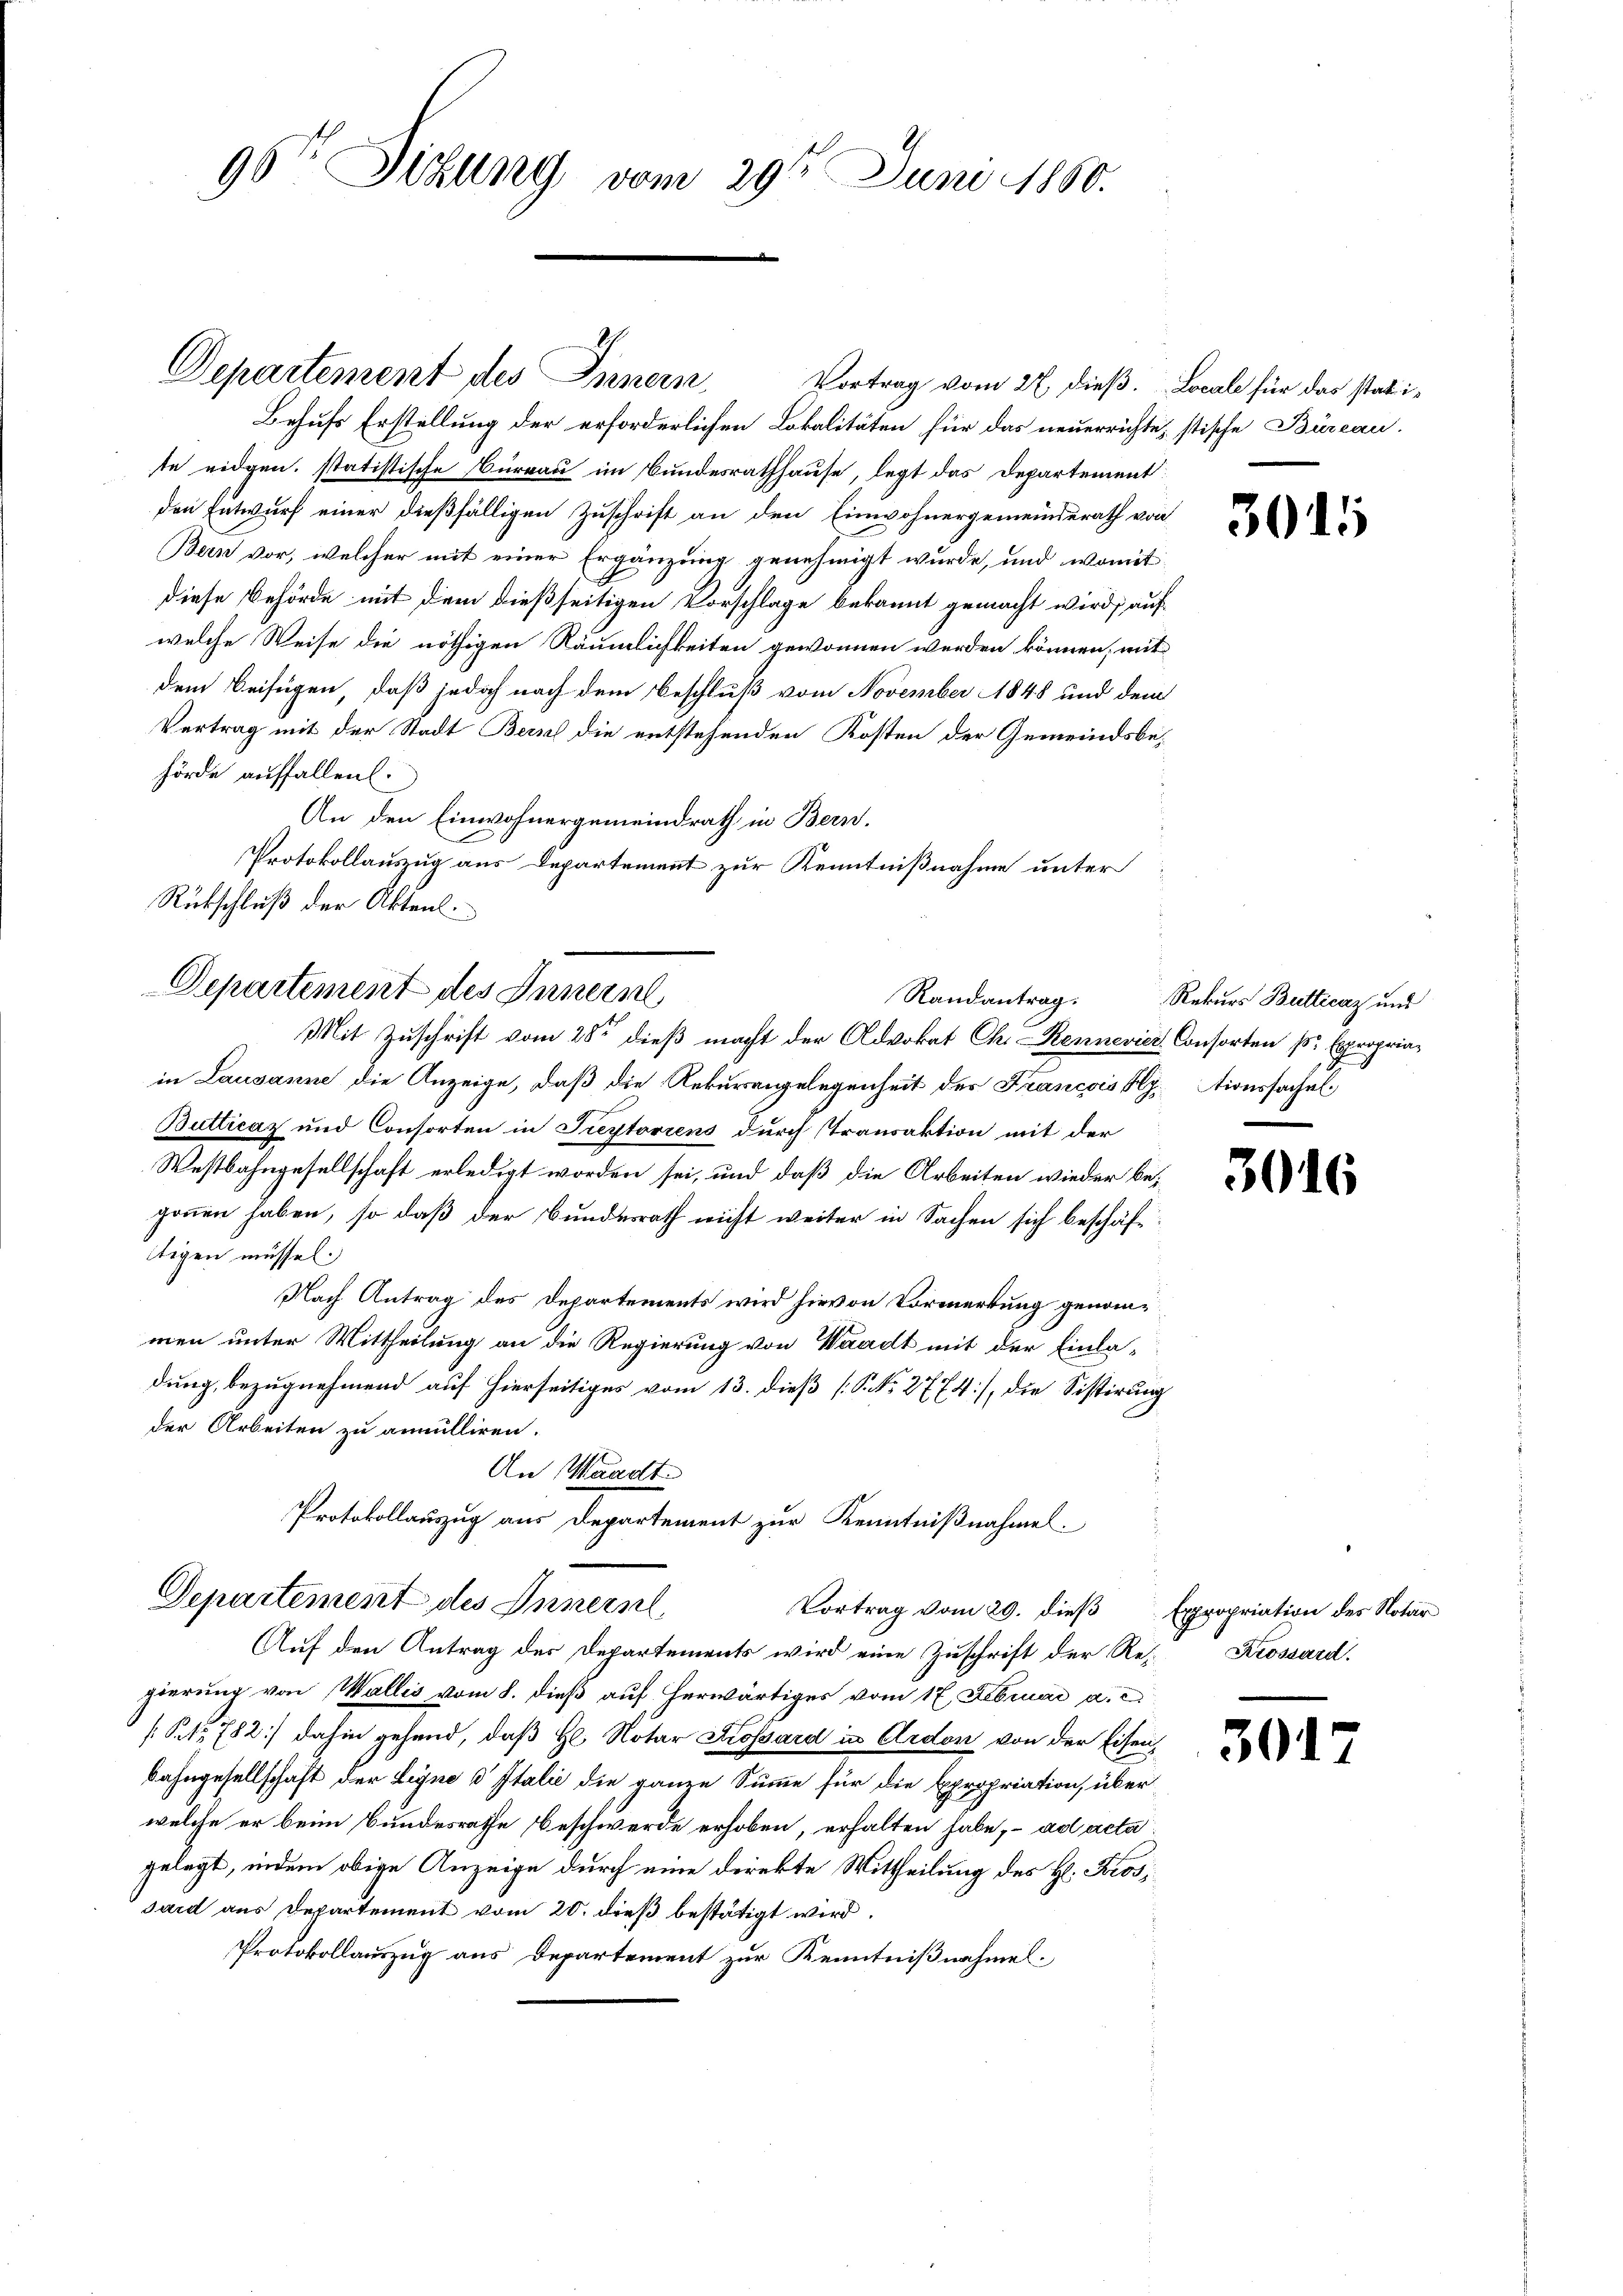
95te Sitzung vom 29ten Juni 1880.

Departement des Innern,
Behufs Erstellung der erforderlichen Lokalitäten für das neuerrichte, stische Büreau-
te eidgen. statistische Büreau im Bundesrathhause, legt das Departement
den Entwurf einer dießfälligen Zuschrift an den Einwohnergemeinderath von
Bern vor, welcher mit einer Ergänzung genehmigt wurde, und womit
diese Behörde mit dem dießseitigen Vorschlage bekannt gemacht wird, an
welche Weise die nöthigen Räumlichkeiten gewonnen werden können, mit
dem Beifügen, daß jedoch nach dem Beschluß vom November 1848 und den
Vertrag mit der Stadt Bern die entstehenden Kosten der Gemeindsbe
hörde auffallen.
An den Einwohnergemeindrath in Bern.
Protokollauszug aus Departement zur Kenntnißnahme unter
Rückschluß der Akten.
Departement des Innern
Randantrag:
Mit Zuschrift vom 28ten dieß macht der Advokat Chi-Rennevier Consorten pr. Expropriain Lausanne die Anzeige, daß die Rekurangelegenheit des Francoiselytionssachel
Butticaz und Consorten in Freytoriens durch (Transaktion mit der
Westbahngesellschaft erledigt worden sei, und daß die Arbeiten wieder begonnen haben, so daß der Bundesrath nicht weiter in Sachen sich beschäfttigen müssen.
Nach Antrag des Departements wird hievon Vormerkung genommen unter Mittheilung an die Regierung von Waadt mit der Einla-
dung, bezugnehmend auf hierseitiges vom 13. dieß (N. No 2774), die Sistirung
der Arbeiten zu annulliren.
An Waadt.
Protokollauszug aus Departement zur Kenntnißnahmen.

Departement des Innern,
Vortrag vom 29. dieß

Vortrag vom 27. dieß.

Auf den Antrag des Departements wird eine Zuschrift der Re-Krossard.
gierung von Wallis vom 8. dieß auf herwärtiges vom 17. Februar a. c.
(S. 1782] dahin gehend, daß Hl. Notar Krossard in Ardon von der Eisen,
Bahngesellschaft der Legne d Italić die ganze Summe für die Expropriation, über
welche er beim Bundesrathe Beschwerde erhoben, erhalten habe, ad acta
gelegt, indem obige Anzeige durch eine direkte Mittheilung des H. Brosi
sard aus Departement vom 20. dieß bestätigt wird.
Protokollauszug aus Departement zur Kenntnißnahme

Locale für das stati¬

e
li

3015

Rekurs Butticaz und

30

Expropriation des Notar

301

6